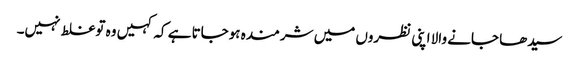
سیدھا جانے والا اپنی نظروں میں شرمندہ ہوجاتا ہے کہ کہیں وہ توغلط نہیں۔